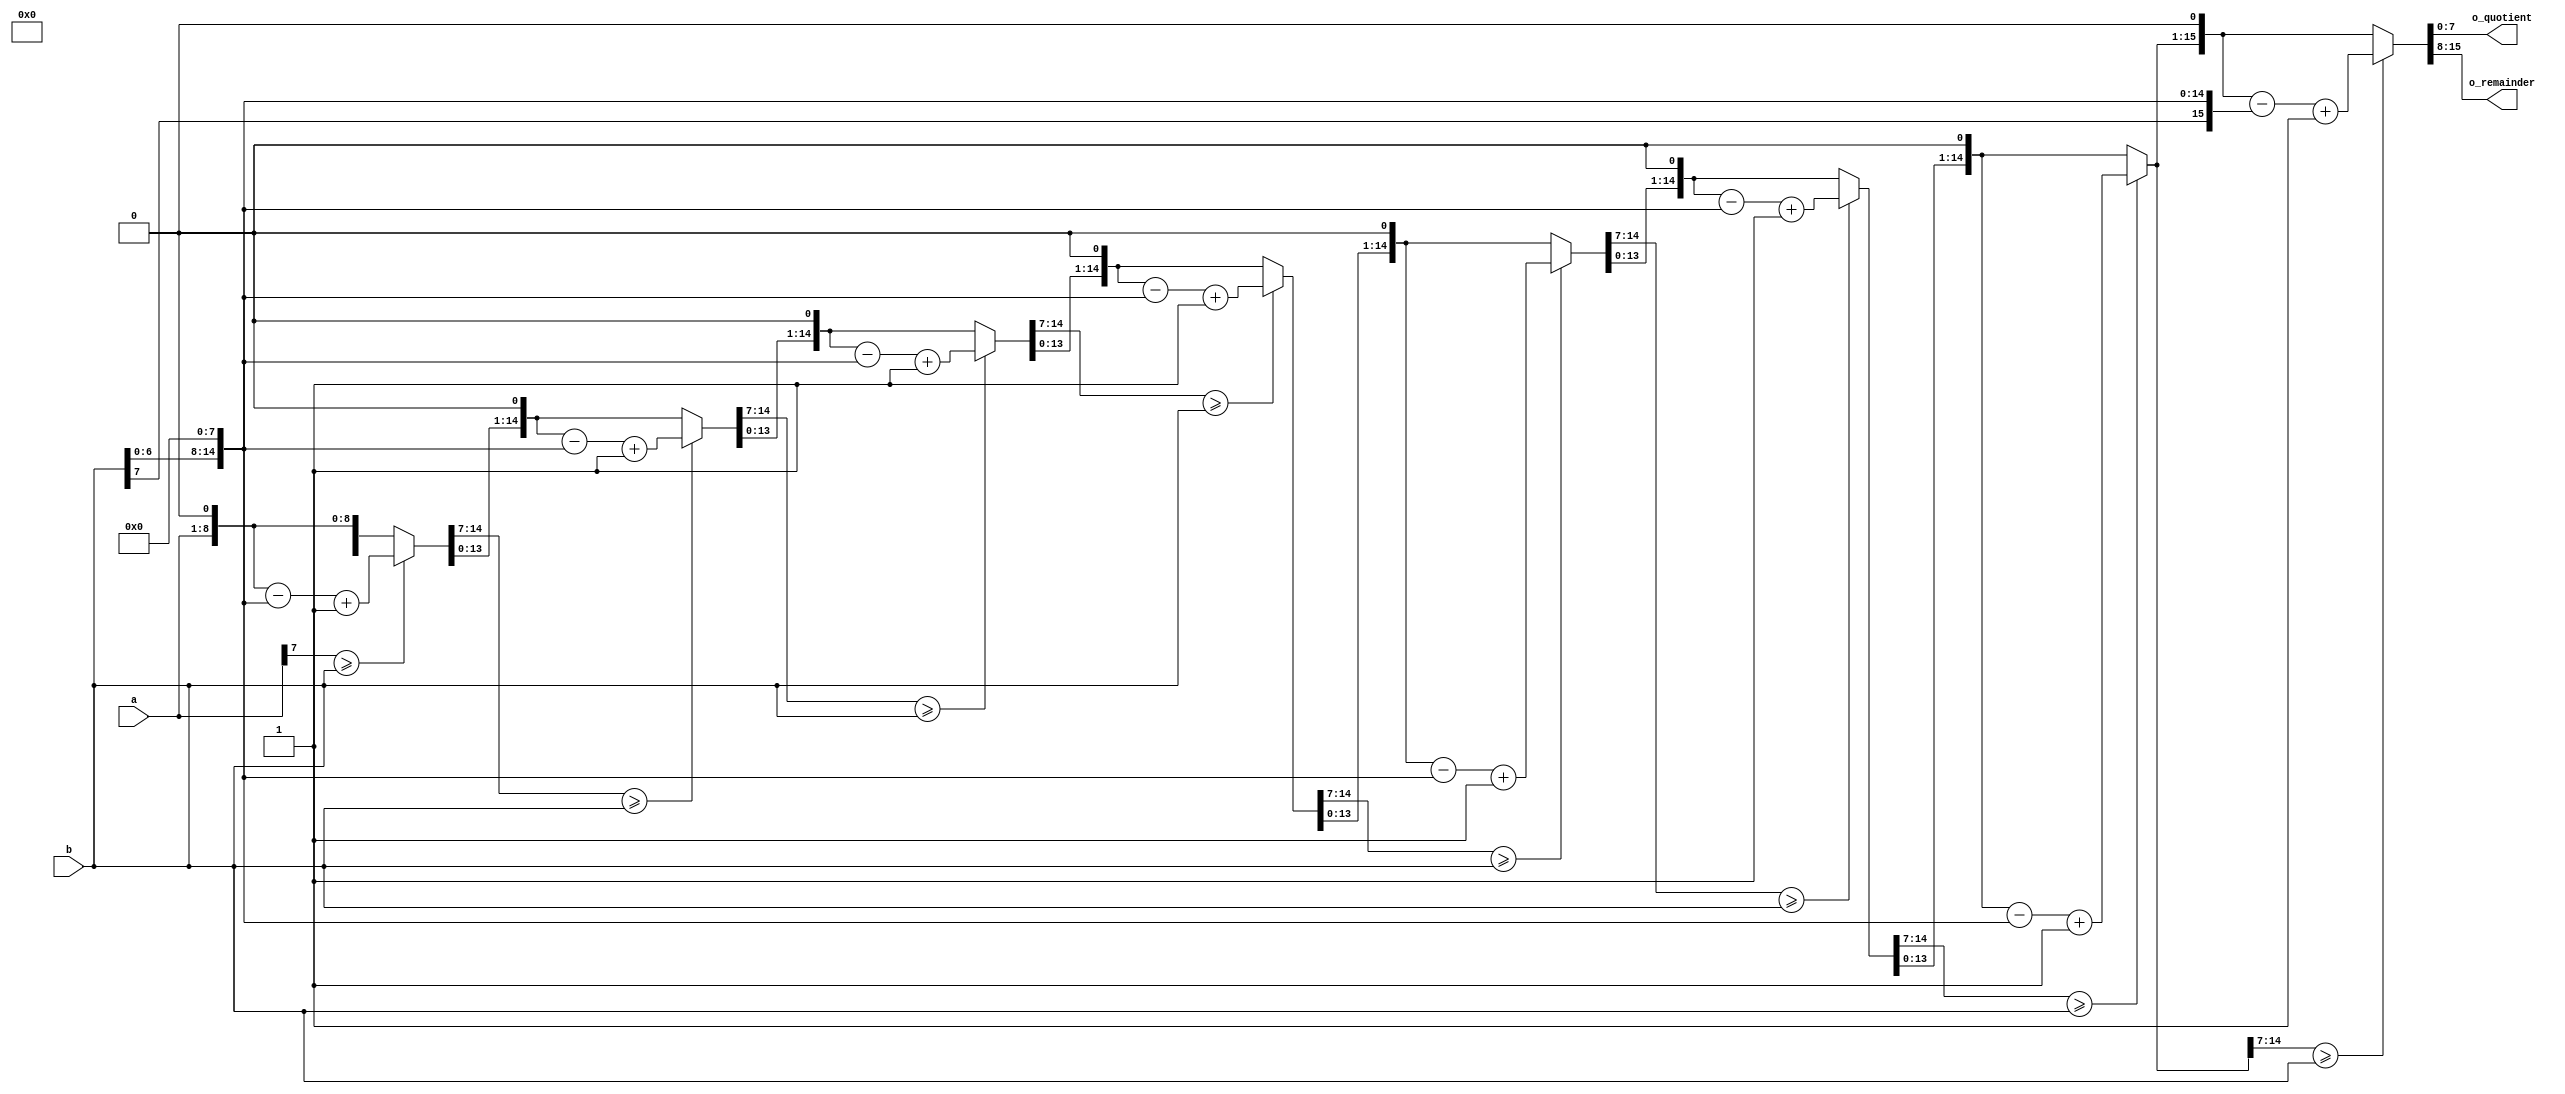
`timescale 1ns / 1ps

module my_divider1(
    input [7:0] a,
    input [7:0] b,
    output reg [7:0] o_quotient,
    output reg [7:0] o_remainder
    );
    
    reg [7:0] tempa;
    reg [7:0] tempb;
    reg [15:0] temp_a;
    reg [15:0] temp_b;
    
    integer i;
    always@ (a or b)
    begin
        tempa <= a;
        tempb <= b;
    end
    
    always@ (tempa or tempb)
    begin
        temp_a = {8'h00,tempa};
        temp_b = {tempb,8'h00};
        for (i=0; i<8; i=i+1)
        begin
            temp_a = {temp_a[14:0],1'b0};
            if (temp_a[15:8] >= tempb)
                temp_a = temp_a - temp_b + 1'b1;
            else
                temp_a = temp_a;
        end
        o_quotient <= temp_a[7:0];
        o_remainder <= temp_a[15:8];
    end
    
    
endmodule